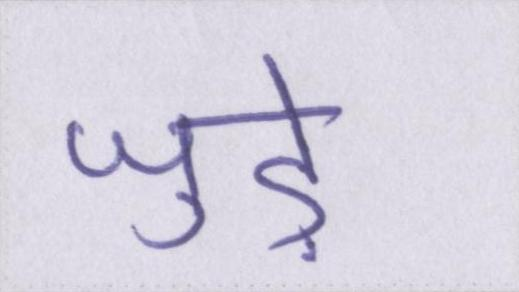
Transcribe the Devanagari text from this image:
जुडे़